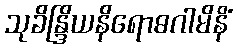
သုခိန္ဒြိယနိရောဓဂါမိနိံ